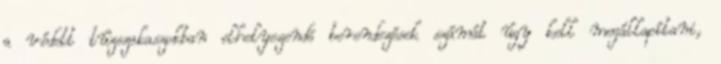
a védett tûzszakaszokban elhelyezendõ berendezések számát úgy kell megállapítani,